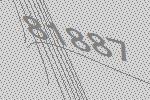
81887